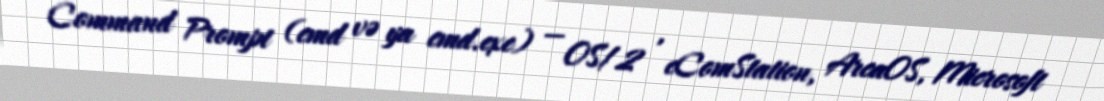
Command Prompt (cmd və ya cmd.exe) — OS/2 , eComStation, ArcaOS, Microsoft